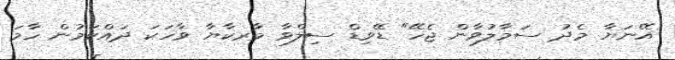
އޭނަޔާ މެދު ސަމާލުވާން ޖެހޭ" ޑޭވިޑް ސިލްވާ މާރކާޔާ ވާހަކަ ދައްކަމުން ހާމަ